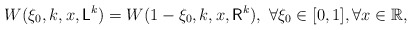
\begin{align*}W(\xi_0,k,x,\mathsf{L}^k)=W(1-\xi_0,k,x,\mathsf{R}^k), ~\forall \xi_0\in [0,1], \forall x\in\mathbb{R},\end{align*}